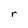
Character: r